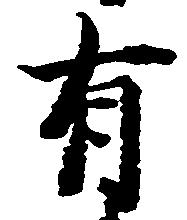
有